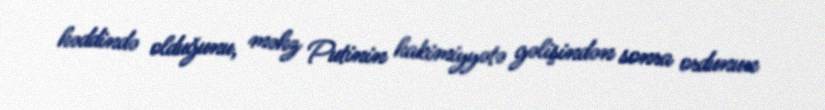
həddində olduğunu, məhz Putinin hakimiyyətə gəlişindən sonra ordunun